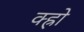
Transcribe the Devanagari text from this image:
क्ह्रो